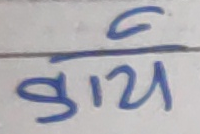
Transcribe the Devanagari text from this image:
कार्य